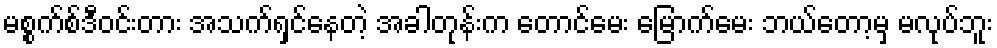
မစ္စက်စ်ဒီဝင်းတား အသက်ရှင်နေတဲ့ အခါတုန်းက တောင်မေး မြောက်မေး ဘယ်တော့မှ မလုပ်ဘူး